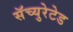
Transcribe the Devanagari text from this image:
सॅच्युरेटेड